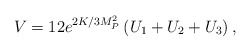
\begin{align*}V = 12 e^{2K/3M_P^2} \left(U_1 + U_2 + U_3\right),\end{align*}